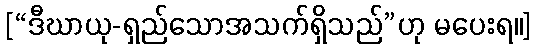
[“ဒီဃာယု-ရှည်သောအသက်ရှိသည်”ဟု မပေးရ။]